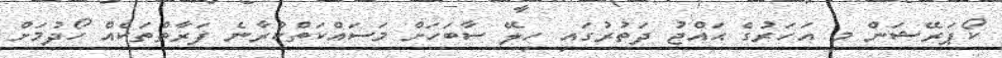
ކޯޕަރޭޝަން މި އަހަރުގެ ޙައްޖު ދަތުރުގައި ހިލޭ ސާބަހަށް މަސައްކަތްކުރާނެ ފަރާތްތަކެއް ހޯދުމަށް